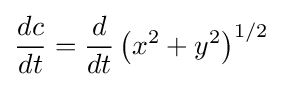
{\frac {dc}{dt}}={\frac {d}{dt}}\left(x^{2}+y^{2}\right)^{1/2}